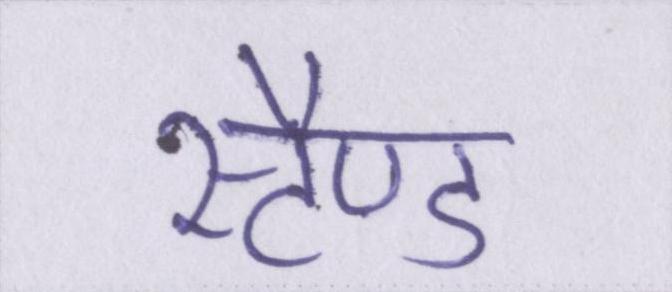
स्टैण्ड